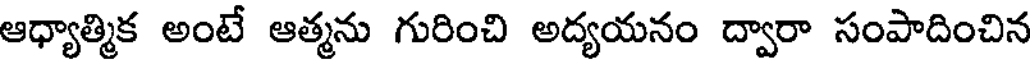
ఆధ్యాత్మిక అంటే ఆత్మను గురించి అద్యయనం ద్వారా సంపాదించిన